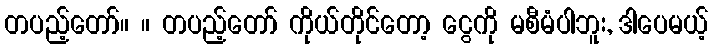
တပည့်တော်။ ။ တပည့်တော် ကိုယ်တိုင်တော့ ငွေကို မစီမံပါဘူး, ဒါပေမယ့်